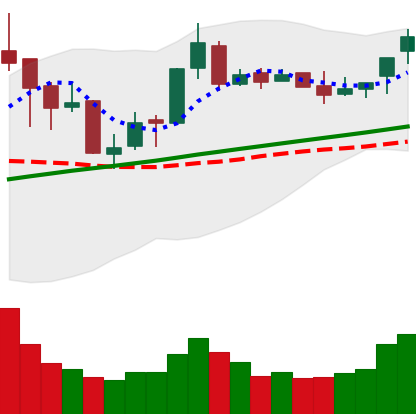
Ticker: BNB-USD
Chart end date: 2018-04-13
Forward return: -9.316%
Label: down_7plus